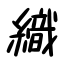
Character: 織